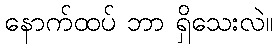
နောက်ထပ် ဘာ ရှိသေးလဲ။